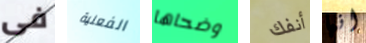
فى الفعلية وضحاها أنفك انها